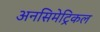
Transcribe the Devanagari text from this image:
अनसिमेट्रिकल